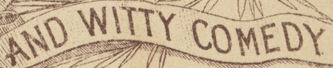
AND WITTY COMEDY